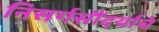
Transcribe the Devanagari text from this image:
निसर्गसौंदर्याचे